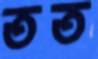
তত